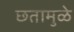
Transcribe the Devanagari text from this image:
छतामुळे